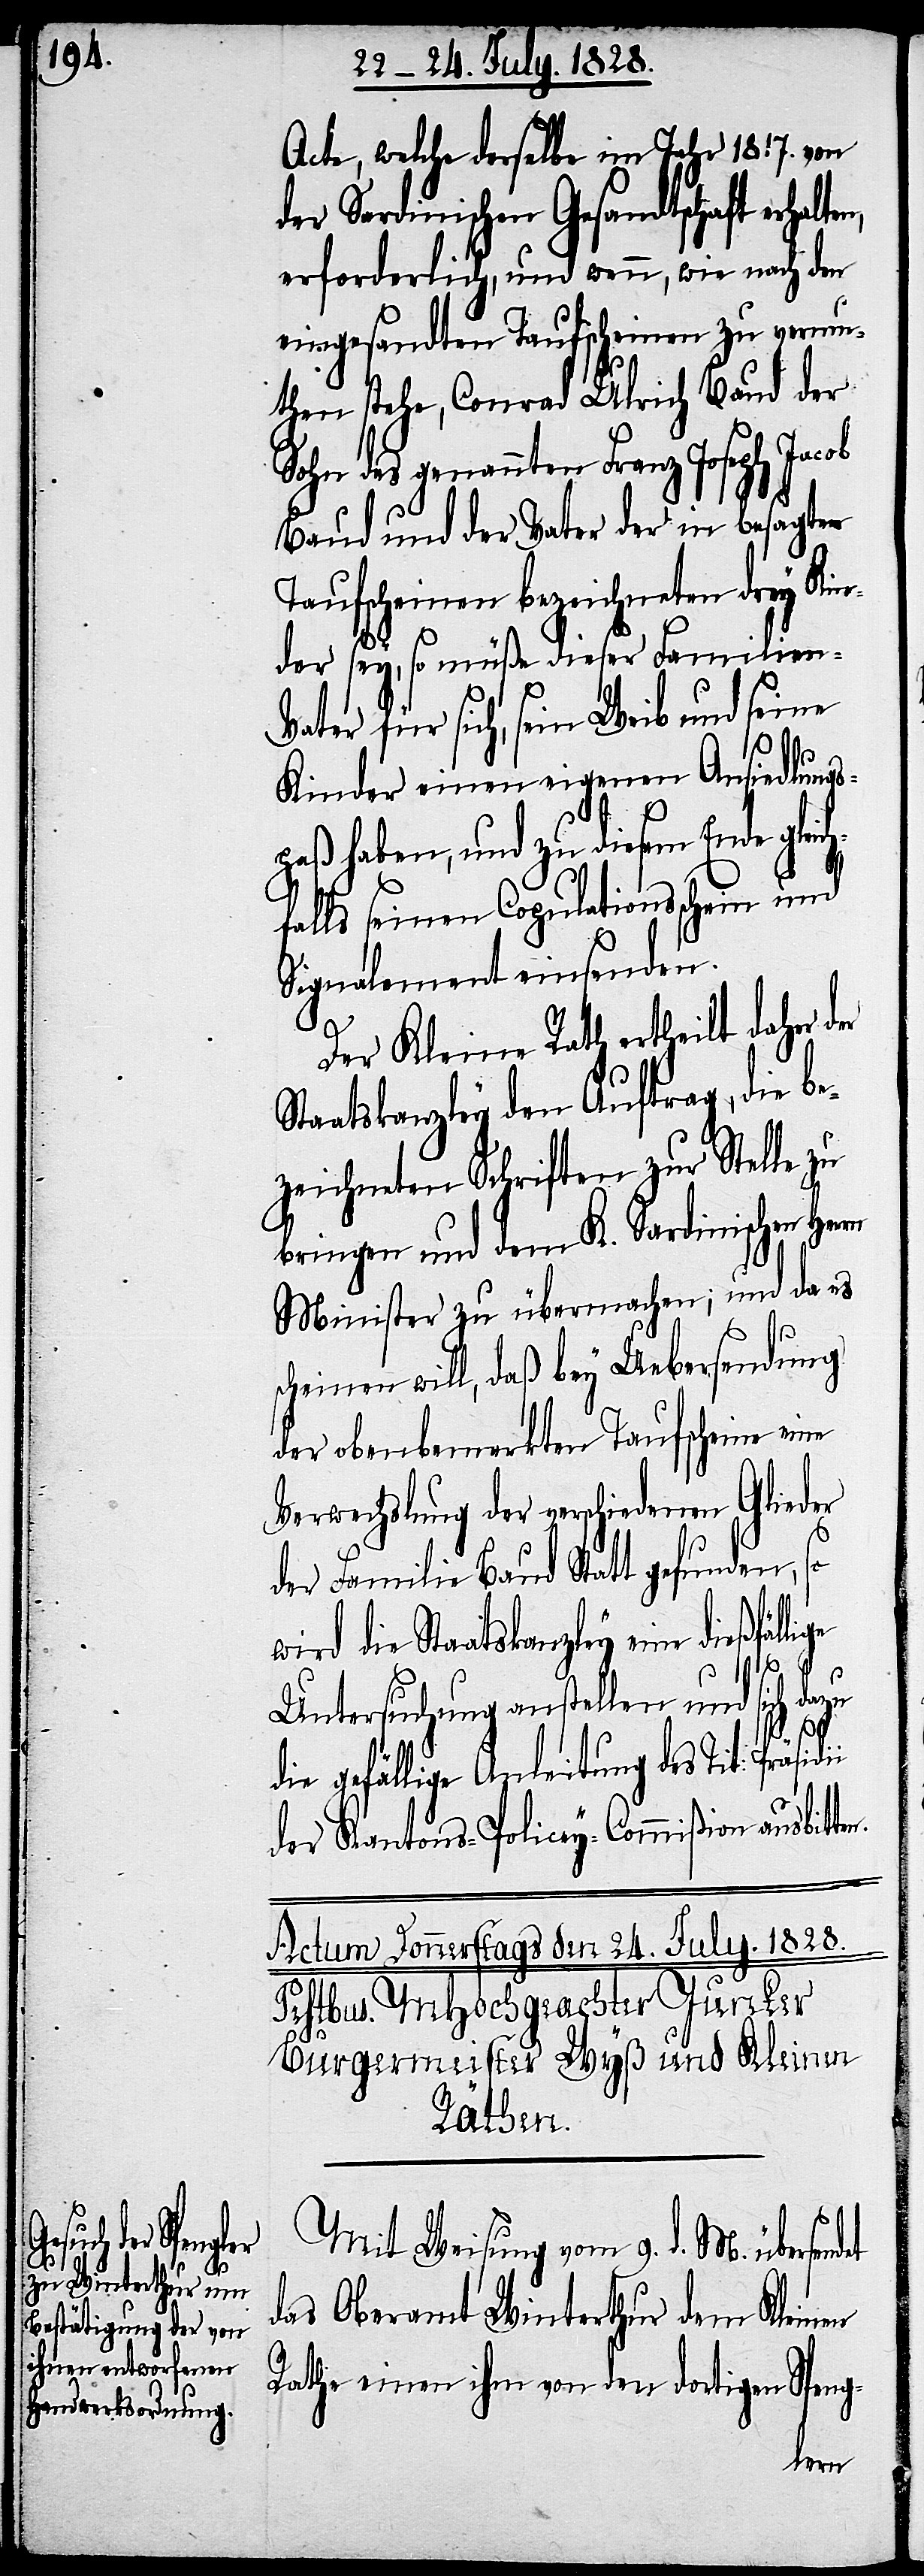
Acte, welche derselbe im Jahr 1817. von
der Sardinischen Gesandtschaft erhalt¬
erforderlich, und wenn, wie nach den
eingesandten Taufscheinen zu vermu¬
then stehe, Conrad Ulrich Baud der
Sohn des genannten Franz Joseph Jacob
Baud und der Vater der in besagten
Taufscheinen bezeichneten drey Kin¬
der sey, so müße dieser Familien-V¬
ater für sich, sein Weib und seine
Kinder einen eigenen Ansiedlungs¬
haben, und zu diesem Ende gl¬
falls seinen Copulationsschein und
Signalement einsenden.
Der Kleine Rath ertheilt daher d¬
Staatskanzley den Auftrag, die be¬
zeichneten Schriften zur Stelle zu
bringen und dem K. Sardinischen
Minister zu übermachen; und da es
scheinen will, daß bey Uebersendung
der obenbemerkten Taufscheine eine
Verwechslung der verschiedenen Glieder
der Familie Baud Statt gefunden, so
wird die Staatskanzley eine dießfäl¬
lige
Untersuchung anstellen und sich dazu
die gefällige Anleitung des Tit: Präsid¬
der Kantons-Policey-Commißion ausbit¬
Mit Weisung vom 9. d. M. übersend¬
das Oberamt Winterthur dem Kleinen
Rathe einen ihm von den dortigen Speng-
et